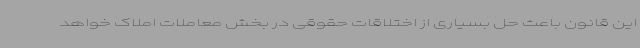
این قانون باعث حل بسیاری از اختلاقات حقوقی در بخش معاملات املاک خواهد